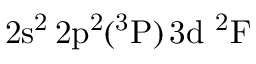
\mathrm { 2 s ^ { 2 } \, 2 p ^ { 2 } ( ^ { 3 } P ) \, 3 d ~ ^ { 2 } F }